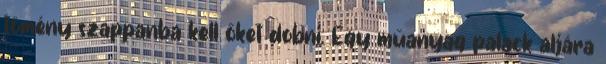
tömény szappanba kell őket dobni. Egy műanyag palack aljára